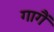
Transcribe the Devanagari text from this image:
गागैं